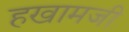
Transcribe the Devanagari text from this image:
हखामजी